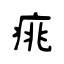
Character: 𤶃